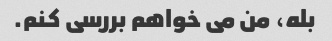
بله، من می خواهم بررسی کنم.